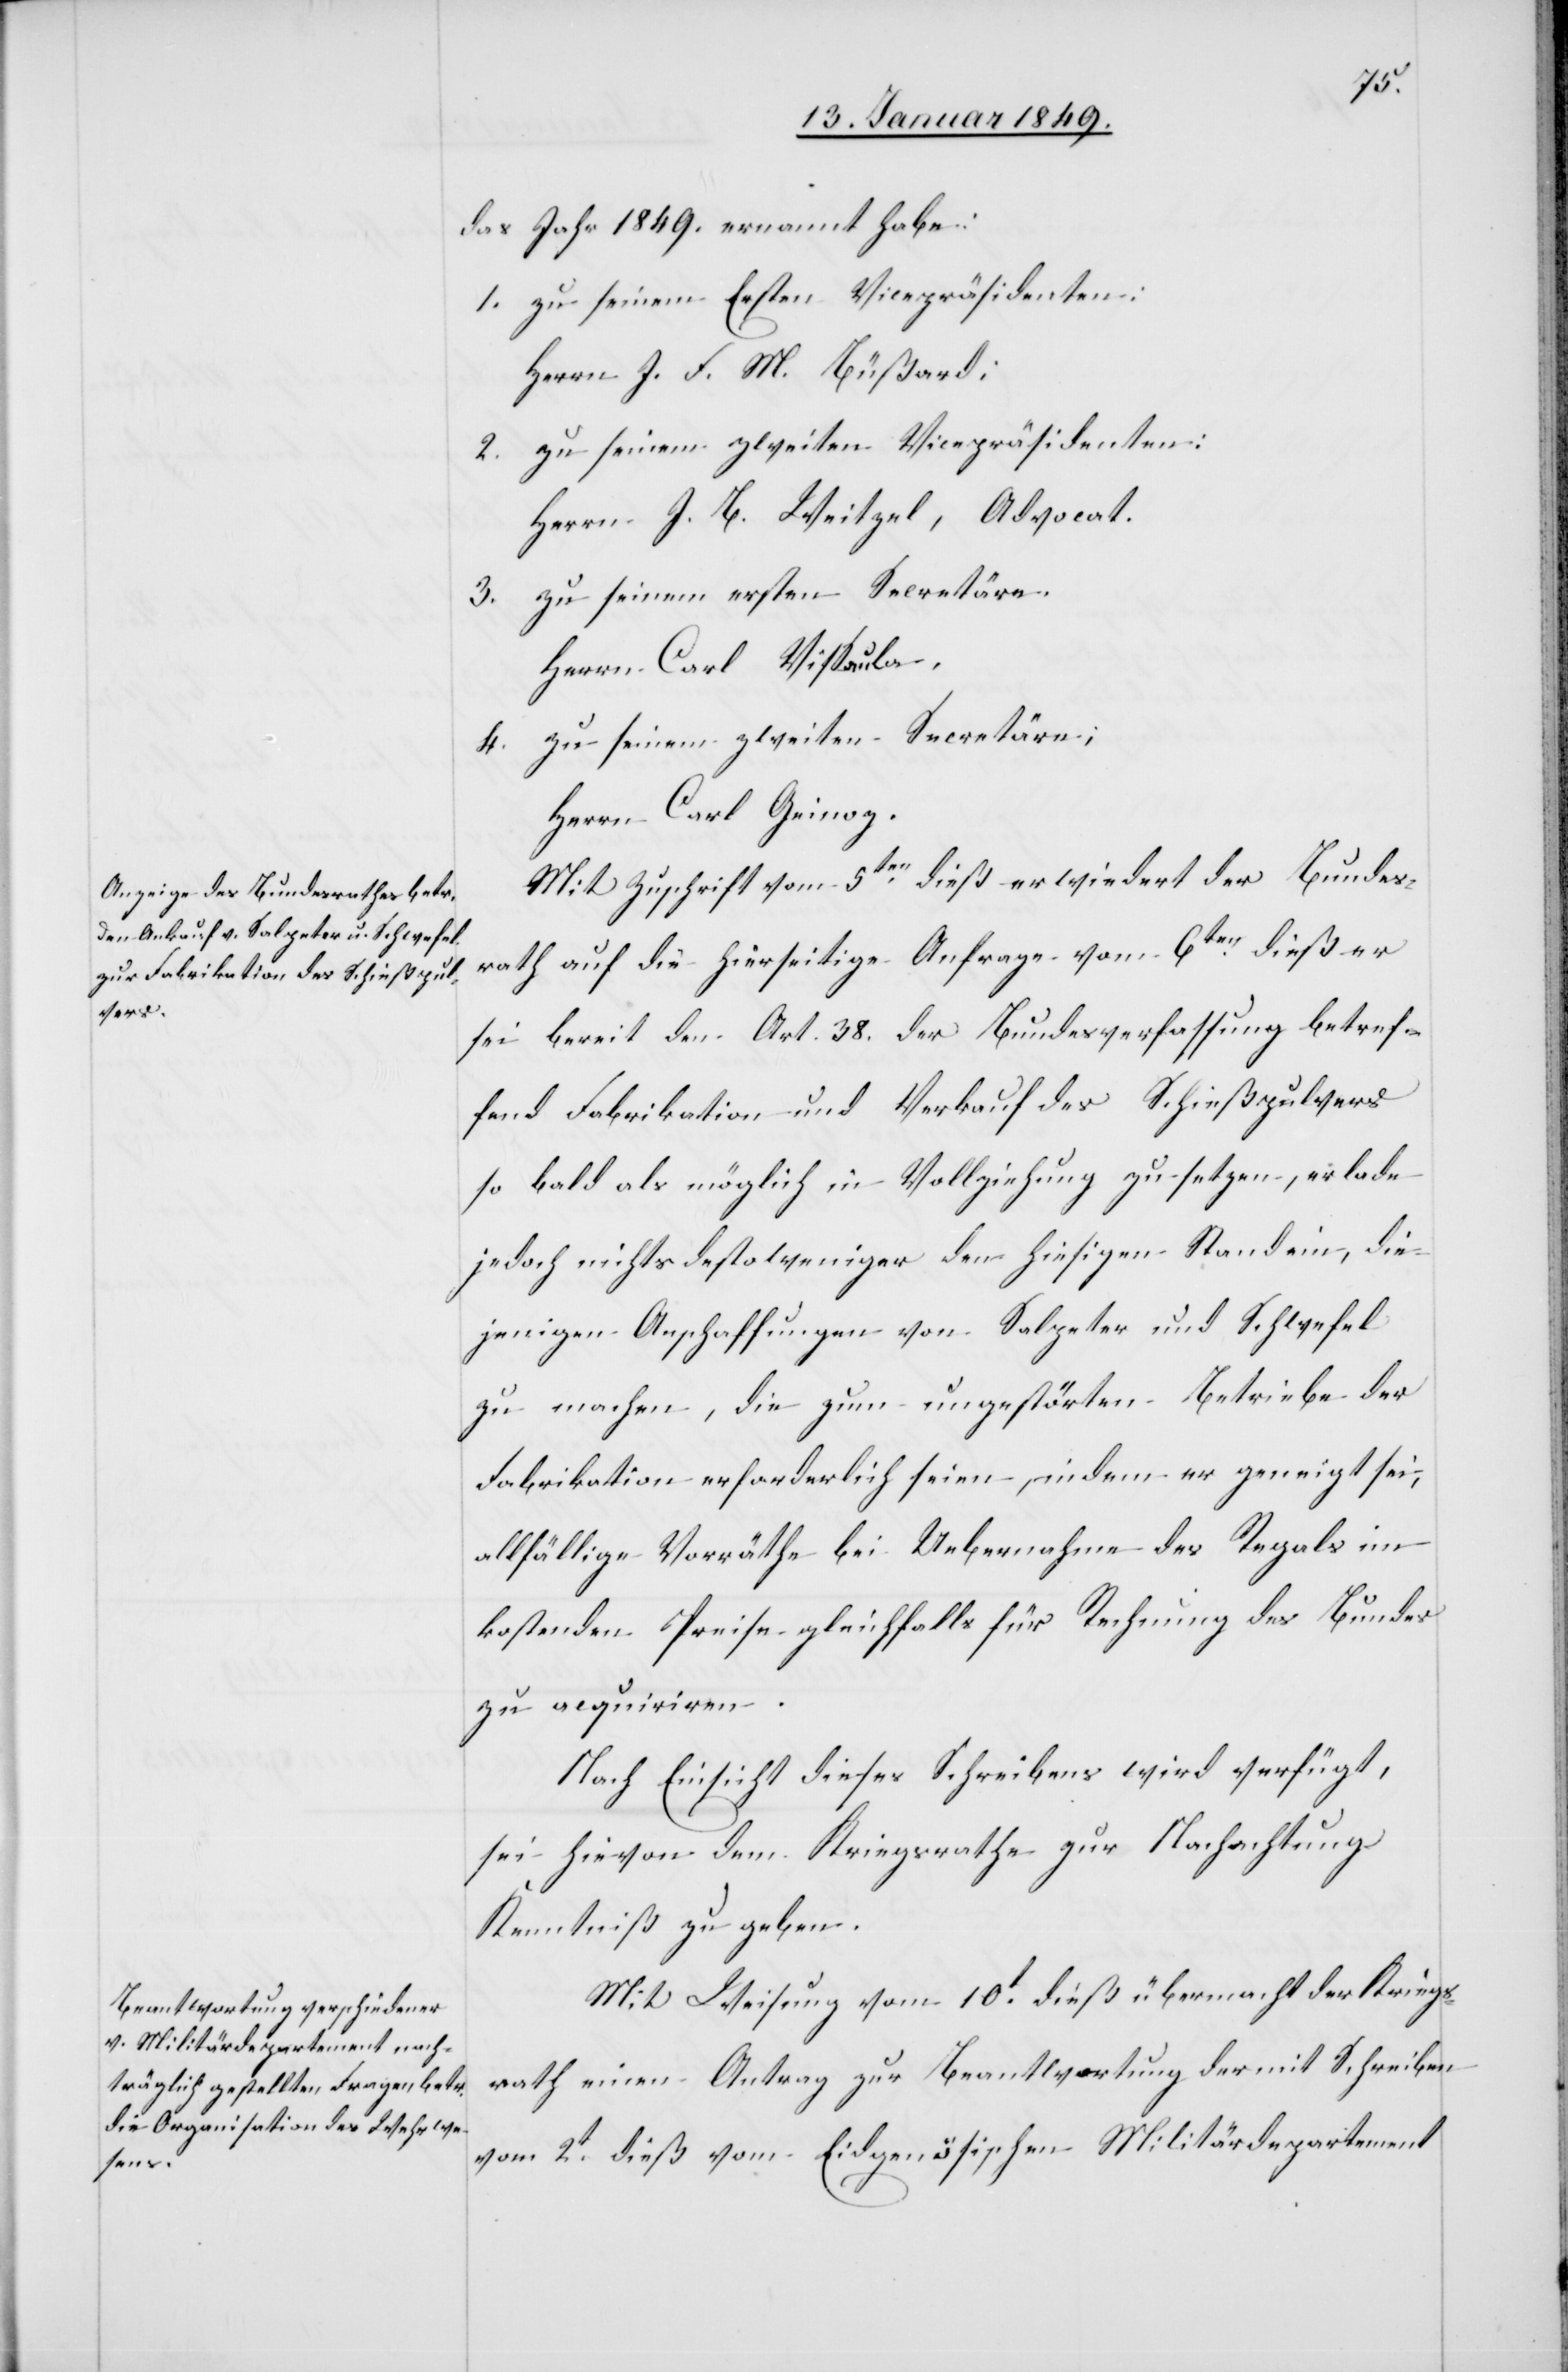
den

19. Januar 1849.]
das Jahr 1849. ernannt habe:
1. zu seinem Ersten Vicepräsidenten:
Herrn J. F. M. Büßard;
2. zu seinem zweiten Vicepräsidenten:
Herrn J. B. Weitzel, Advocat.
3. zu seinem ersten Secretäre.
Herrn Carl Vissaula,
4. zu seinem zweiten Secretäre;
Herrn Carl Geinoz.
Mit Zuschrift vom 5ten. dieß erwiedert der Bundes¬
rath auf die hierseitige Anfrage vom 6ten. dieß er
sei bereit den Art. 38. der Bundesverfassung betref¬
fend Fabrikation und Verkauf des Schießpulvers
so bald als möglich in Vollziehung zu setzen, er lade
jedoch nichts desto weniger den hiesigen Stand ein, die¬
jenigen Anschaffungen von Salpeter und Schwefel
zu machen, die zum ungestörten Betriebe der
Fabrikation erforderlich seien, indem er geneigt sei,
allfällige Vorräthe bei Uebernahme des Regals im
kostenden Preise gleichfalls für Rechnung des Bundes
zu acquiriren.
Nach Einsicht dieses Schreibens wird verfügt,
sei hievon dem Kriegsrathe zur Nachachtung
Kenntniß zu geben.
Mit Weisung vom 10t. dieß übermacht der Kriegs¬
rath einen Antrag zur Beantwortung der mit Schreiben
vom 2t. dieß vom Eidgenösischen Militärdepartement